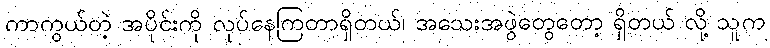
ကာကွယ်တဲ့ အပိုင်းကို လုပ်နေကြတာရှိတယ်၊ အသေးအဖွဲတွေတော့ ရှိတယ် လို့ သူက